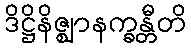
ဒိဋ္ဌိနိဇ္ဈာနက္ခန္တီတိ